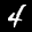
Label: 4